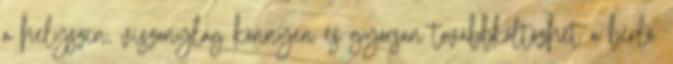
a helyszín, viszonylag könnyen és gyorsan továbbköltözhet a bérlő.